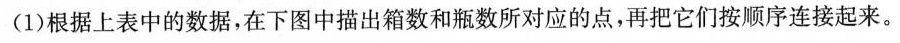
(1)根据上表中的数据，在下图中描出箱数和瓶数所对应的点，再把它们按顺序连接起来。